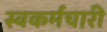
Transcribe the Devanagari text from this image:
स्वकर्मचारी